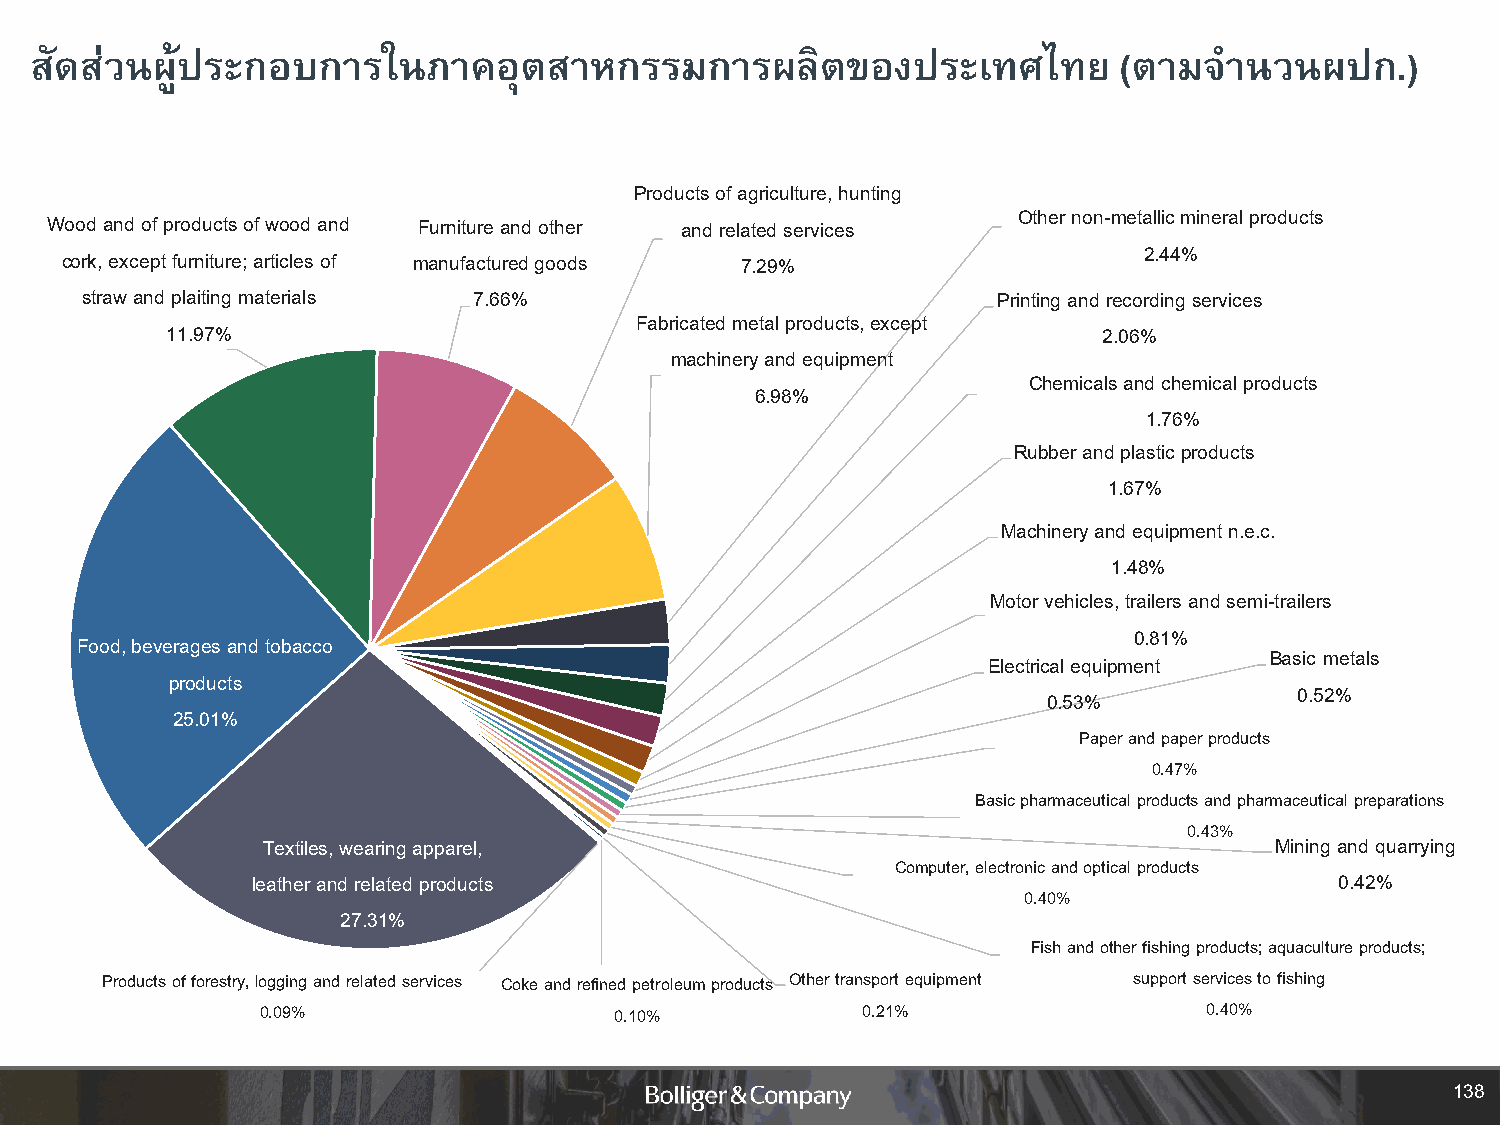
สัดส่วนผู้ประกอบการในภาคอุตสาหกรรมการผลิตของประเทศไทย                   (ตามจ  านวนผปก.)
 Products of agriculture, hunting
 Other non-metallic mineral products
 Wood and of products of wood and Furniture and other and related services
 2.44%
 cork, except furniture; articles of manufactured goods 7.29%
 straw and plaiting materials 7.66%                           Printing and recording services
 Fabricated metal products, except
 11.97%                                                        2.06%
 machinery and equipment
 Chemicals and chemical products
 6.98%
 1.76%
 Rubber and plastic products
 1.67%
 Machinery and equipment n.e.c.
 1.48%
 Motor vehicles, trailers and semi-trailers
 0.81%
 Food, beverages and tobacco
 Basic metals
 Electrical equipment
 products
 0.52%
 0.53%
 25.01%
 Paper and paper products
 0.47%
 Basic pharmaceutical products and pharmaceutical preparations
 0.43%
 Textiles, wearing apparel,                                         Mining and quarrying
 Computer, electronic and optical products
 leather and related products                                            0.42%
 0.40%
 27.31%
 Fish and other fishing products; aquaculture products;
 Products of forestry, logging and related services Coke and refined petroleum products Other transport equipment support services to fishing
 0.09%                   0.10%           0.21%                  0.40%
 138